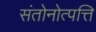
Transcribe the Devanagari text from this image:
संतोनोत्पत्ति